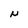
Character: N